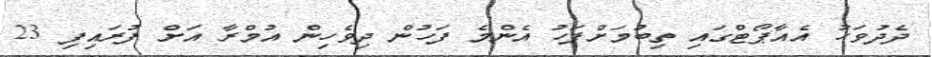
ދެދުވަހު އެއާޕޯޓްގައި ތިބުމަށްފަހު އެންމެ ފަހުން ދިވެހިން އުމްރާ އަށް ފުރައިފި 23